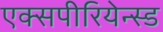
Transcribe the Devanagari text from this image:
एक्सपीरियेन्स्ड